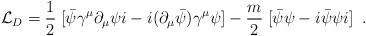
LaTeX: \begin{align*}{\cal L}_{D}=\frac{1}{2} \; [\bar{\psi}\gamma^{\mu}\partial_{\mu}\psi i - i(\partial_{\mu}\bar{\psi})\gamma^{\mu}\psi]-\frac{m}{2} \; [\bar{\psi} \psi-i\bar{\psi} \psi i] \; \; .\end{align*}